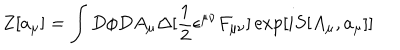
LaTeX: Z [ a _ { \mu } ] = \int D \phi D A _ { \mu } \Delta [ \frac { 1 } { 2 } \epsilon ^ { \mu \nu } F _ { \mu \nu } ] \exp [ i S [ A _ { \mu } , a _ { \mu } ] ]